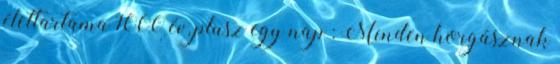
élettartama 1000 év, plusz egy nap : Minden horgásznak